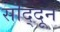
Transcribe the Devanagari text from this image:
सॊद्दून